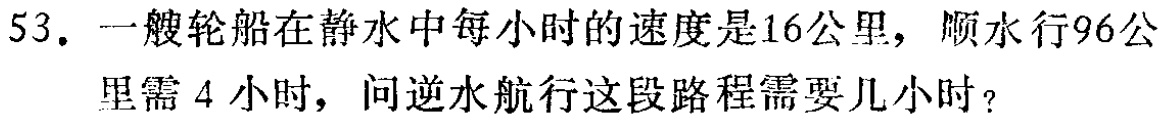
53. 一艘轮船在静水中每小时的速度是16公里，顺水行96公里需4小时，问逆水航行这段路程需要几小时？